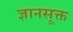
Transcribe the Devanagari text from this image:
ज्ञानसूक्त